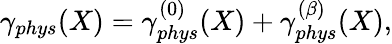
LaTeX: \gamma_{phys}(X)=\gamma_{phys}^{(0)}(X)+\gamma_{phys}^{(\beta)}(X),